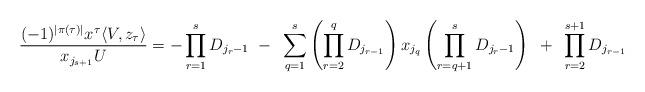
LaTeX: \begin{align*}\frac{(-1)^{|\pi(\tau)|} x^\tau \langle V,z_\tau\rangle }{x_{j_{s+1}}U}&= -\prod_{r=1}^{s} D_{j_{r}-1}~-~\sum_{q=1}^{s} \left(\prod_{r=2}^q D_{j_{r-1}}\right)x_{j_q} \left(\prod_{r=q+1}^{s} D_{j_{r}-1} \right)~+~\prod_{r=2}^{s+1} D_{j_{r-1}}\end{align*}